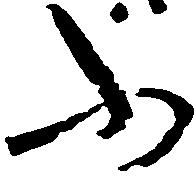
ふ